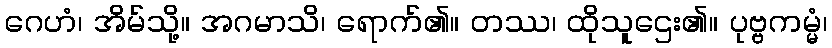
ဂေဟံ၊ အိမ်သို့။ အဂမာသိ၊ ရောက်၏။ တဿ၊ ထိုသူဌေး၏။ ပုဗ္ဗကမ္မံ၊